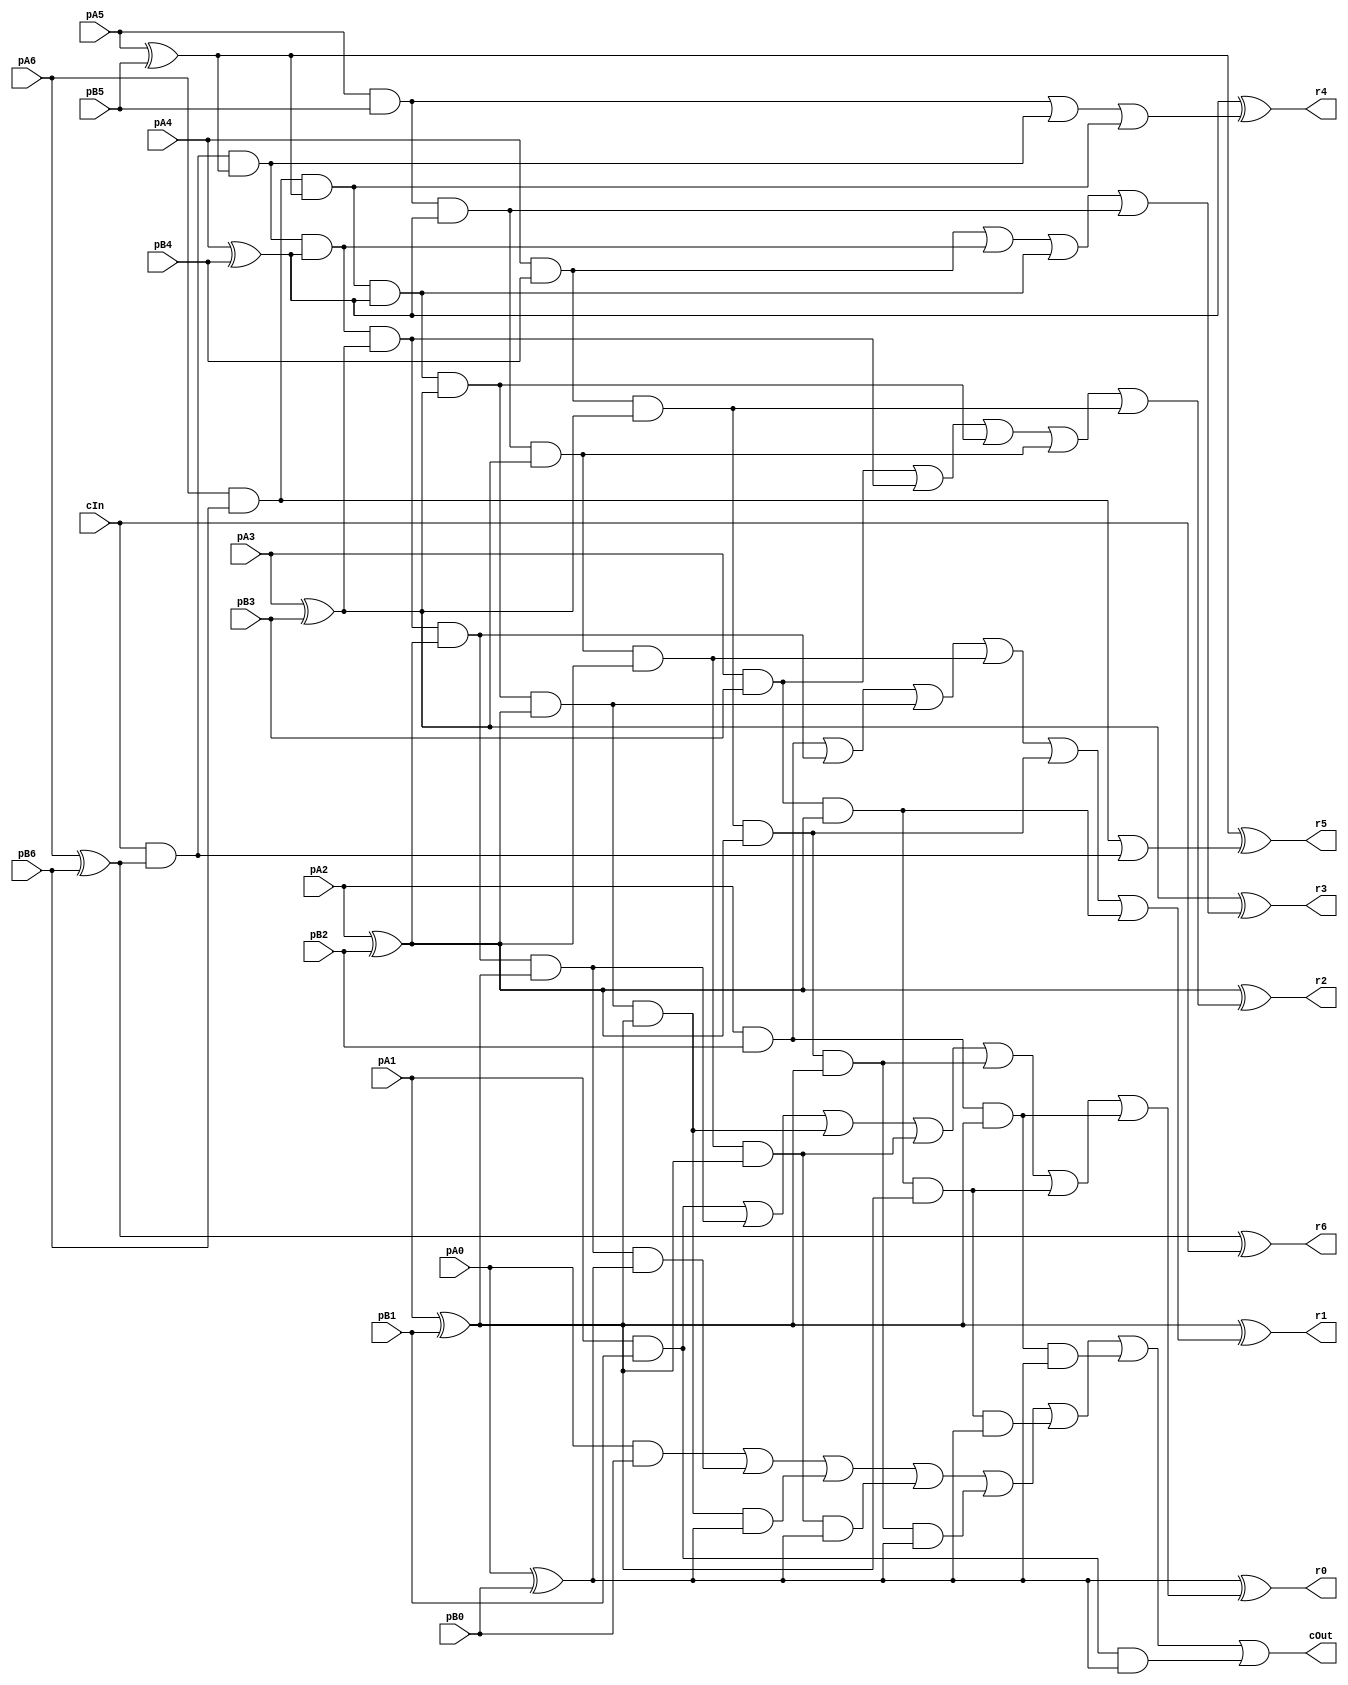
module CCarryLookahead_7_7_7_InOutT(pA6,pA5,pA4,pA3,pA2,pA1,pA0, pB6,pB5,pB4,pB3,pB2,pB1,pB0, r6,r5,r4,r3,r2,r1,r0, cIn, cOut);

input pA6,pA5,pA4,pA3,pA2,pA1,pA0, pB6,pB5,pB4,pB3,pB2,pB1,pB0, cIn;
output r6,r5,r4,r3,r2,r1,r0, cOut;
wire w1, w2, w3, w4, w5, w6, w7, w8, w9, w10, w11, w12, w13, w14, w15, w16, w17, w18, w19, w20, w21, w22, w23, w24, w25, w26, w27, w28, w29, w30, w31, w32, w33, w34, w35, w36, w37, w38, w39, w40, w41, w42, w43, w44, w45, w46, w47, w48, w49, w50, w51, w52, w53, w54, w55, w56, w57, w58, w59, w60, w61, w62, w63, w64, w65, w66, w67, w68, w69, w70, w71, w72, w73, r4294967295;

assign w1 = pA6;
assign w2 = pA5;
assign w3 = pA4;
assign w4 = pA3;
assign w5 = pA2;
assign w6 = pA1;
assign w7 = pA0;
assign w8 = pB6;
assign w9 = pB5;
assign w10 = pB4;
assign w11 = pB3;
assign w12 = pB2;
assign w13 = pB1;
assign w14 = pB0;
assign r6 = w15;
assign r5 = w16;
assign r4 = w17;
assign r3 = w18;
assign r2 = w19;
assign r1 = w20;
assign r0 = w21;
assign r4294967295 = w22;
assign w23 = cIn;
assign cOut = w22;

assign w25 = w1 ^ w8;
assign w32 = w1 & w8;
assign w26 = w2 ^ w9;
assign w33 = w2 & w9;
assign w27 = w3 ^ w10;
assign w34 = w3 & w10;
assign w28 = w4 ^ w11;
assign w35 = w4 & w11;
assign w29 = w5 ^ w12;
assign w36 = w5 & w12;
assign w30 = w6 ^ w13;
assign w37 = w6 & w13;
assign w31 = w7 ^ w14;
assign w38 = w7 & w14;
assign w46 = w23 & w25;
assign w47 = w23 & w25 & w26;
assign w48 = w32 & w26;
assign w49 = w23 & w25 & w26 & w27;
assign w50 = w32 & w26 & w27;
assign w51 = w33 & w27;
assign w52 = w23 & w25 & w26 & w27 & w28;
assign w53 = w32 & w26 & w27 & w28;
assign w54 = w33 & w27 & w28;
assign w55 = w34 & w28;
assign w56 = w23 & w25 & w26 & w27 & w28 & w29;
assign w57 = w32 & w26 & w27 & w28 & w29;
assign w58 = w33 & w27 & w28 & w29;
assign w59 = w34 & w28 & w29;
assign w60 = w35 & w29;
assign w61 = w23 & w25 & w26 & w27 & w28 & w29 & w30;
assign w62 = w32 & w26 & w27 & w28 & w29 & w30;
assign w63 = w33 & w27 & w28 & w29 & w30;
assign w64 = w34 & w28 & w29 & w30;
assign w65 = w35 & w29 & w30;
assign w66 = w36 & w30;
assign w67 = w23 & w25 & w26 & w27 & w28 & w29 & w30 & w31;
assign w68 = w32 & w26 & w27 & w28 & w29 & w30 & w31;
assign w69 = w33 & w27 & w28 & w29 & w30 & w31;
assign w70 = w34 & w28 & w29 & w30 & w31;
assign w71 = w35 & w29 & w30 & w31;
assign w72 = w36 & w30 & w31;
assign w73 = w37 & w31;
assign w39 = w32 | w46;
assign w40 = w33 | w47 | w48;
assign w41 = w34 | w49 | w50 | w51;
assign w42 = w35 | w52 | w53 | w54 | w55;
assign w43 = w36 | w56 | w57 | w58 | w59 | w60;
assign w44 = w37 | w61 | w62 | w63 | w64 | w65 | w66;
assign w45 = w38 | w67 | w68 | w69 | w70 | w71 | w72 | w73;
assign w15 = w25 ^ w23;
assign w16 = w26 ^ w39;
assign w17 = w27 ^ w40;
assign w18 = w28 ^ w41;
assign w19 = w29 ^ w42;
assign w20 = w30 ^ w43;
assign w21 = w31 ^ w44;
assign w22 = w45;

endmodule